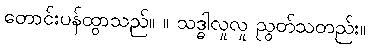
တောင်းပန်ထွာသည်။ ။ သဒ္ဓါလှုလှု ညွတ်သတည်း။